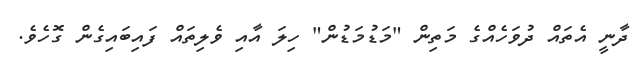
ދާނީ އެތައް ދުވަހެއްގެ މަތިން "މަޑުމަޑުން" ހިލަ އާއި ވެލިތައް ފައިބައިގެން ގޮހެވެ.